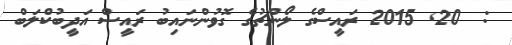
:  20